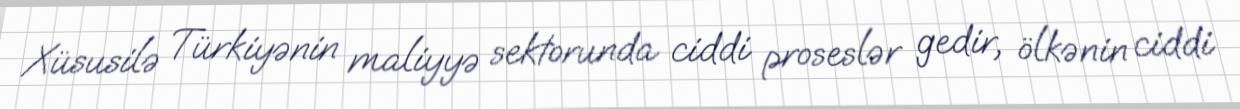
Xüsusilə Türkiyənin maliyyə sektorunda ciddi proseslər gedir, ölkənin ciddi